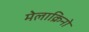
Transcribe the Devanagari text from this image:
मेलाक्रिनो